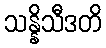
သန္နိသီဒတိ